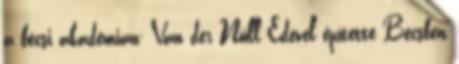
a bécsi akadémián; Van der Nüll Edével építette Bécsben